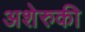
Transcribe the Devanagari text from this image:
अशेरुकी